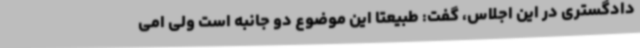
دادگستری در این اجلاس، گفت: طبیعتا این موضوع دو جانبه است ولی امی